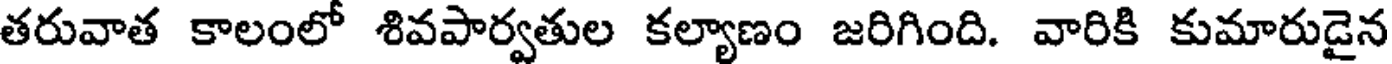
తరువాత కాలంలో శివపార్వతుల కల్యాణం జరిగింది. వారికి కుమారుడైన